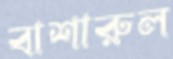
বাশারুল